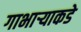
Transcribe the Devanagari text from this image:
गाभार्‍याकडे